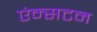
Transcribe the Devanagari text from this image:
एंन्सटन